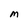
Character: M